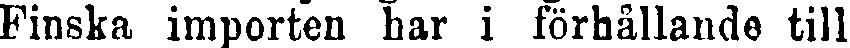
Finska importen har i förhållande till